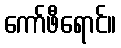
ကော်ဖီရောင်။